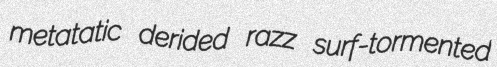
metatatic derided razz surf-tormented